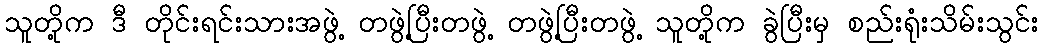
သူတို့က ဒီ တိုင်းရင်းသားအဖွဲ့ တဖွဲ့ပြီးတဖွဲ့ တဖွဲ့ပြီးတဖွဲ့ သူတို့က ခွဲပြီးမှ စည်းရုံးသိမ်းသွင်း